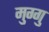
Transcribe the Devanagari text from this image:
मुग्गु